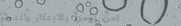
نحن نؤمن بالابتكار والتطو